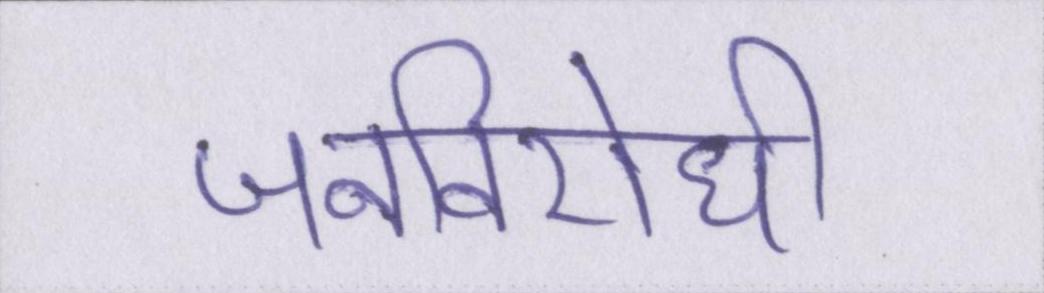
जनविरोधी